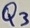
Text: Q3